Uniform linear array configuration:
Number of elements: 48
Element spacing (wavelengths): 0.25
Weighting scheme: hann
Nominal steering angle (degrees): -30
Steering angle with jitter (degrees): -28.84
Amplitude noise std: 0.05
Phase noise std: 0.05

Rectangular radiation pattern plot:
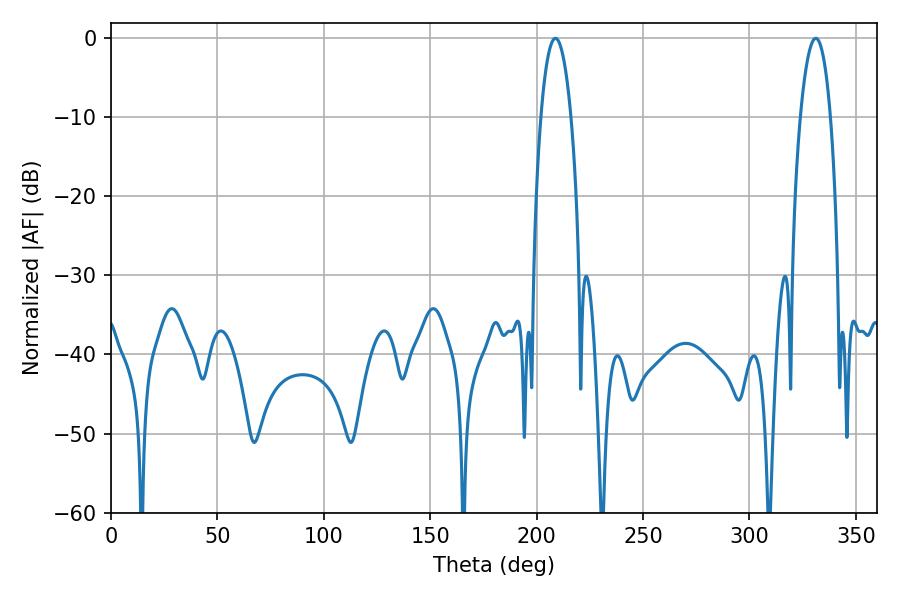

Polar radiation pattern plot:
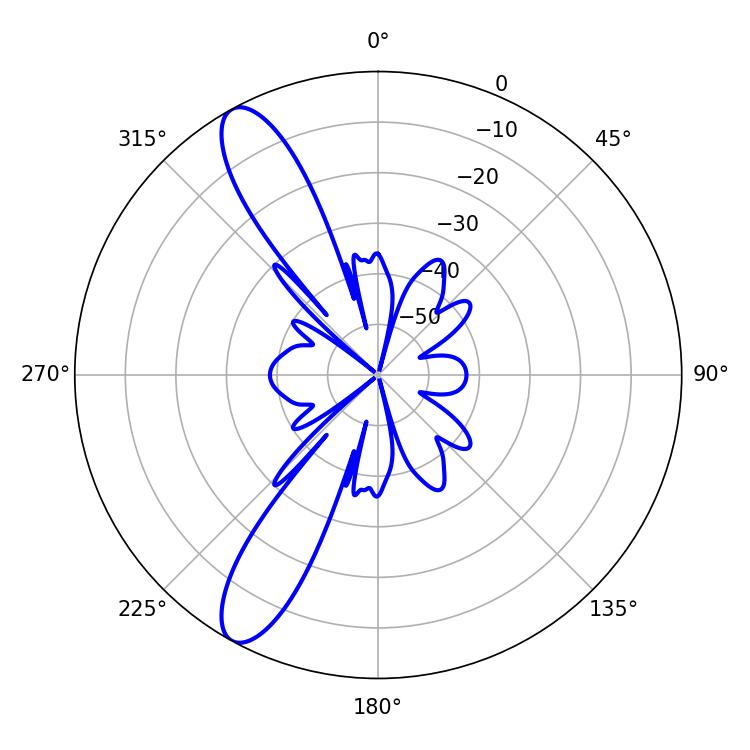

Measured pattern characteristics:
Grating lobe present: FALSE
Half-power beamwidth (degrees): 7.74
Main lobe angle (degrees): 208.8